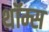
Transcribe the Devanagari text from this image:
थॉम्स